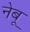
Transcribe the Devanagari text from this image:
नेबू